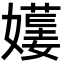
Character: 𡢯